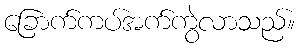
ခြောက်ကပ်အက်ကွဲလာသည်။